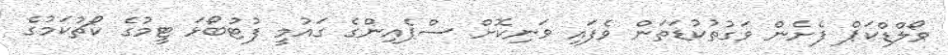
ވޯލްޑްކަޕް ފެށެން ވަގުތުކުޑަތަން ވެފައި ވަނިކޮށް ސްޕެއިންގެ ގައުމީ ފުޓުބޯޅަ ޓީމުގެ ކޯޗުކަމުގެ